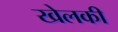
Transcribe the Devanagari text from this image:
खेलकी